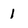
Character: 1